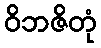
ဝိဘဇိတုံ